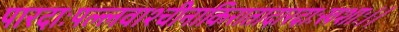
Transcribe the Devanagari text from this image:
पारदाःपल्लवाश्चीनाकिरातादारदाःखशाः।।